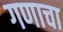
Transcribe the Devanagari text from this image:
गणाचा